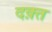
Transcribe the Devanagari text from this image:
दक़्त